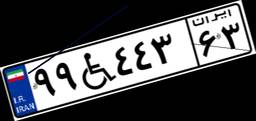
۹۹W۴۴۳۶۳